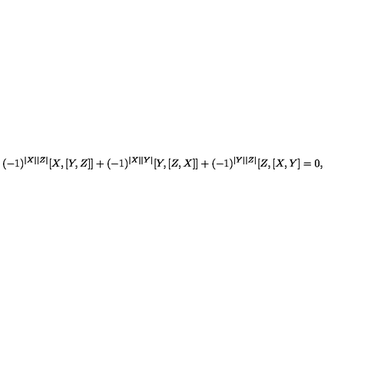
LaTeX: ( - 1 ) ^ { | X | | Z | } [ X , [ Y , Z ] ] + ( - 1 ) ^ { | X | | Y | } [ Y , [ Z , X ] ] + ( - 1 ) ^ { | Y | | Z | } [ Z , [ X , Y ] = 0 ,